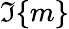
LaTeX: \Im\{ m\}